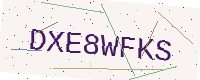
Text: DXE8WFKS